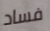
فساد